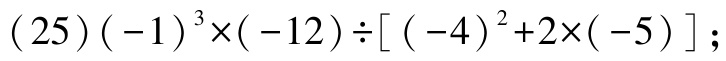
\((25)(-1)^{3}\times(-12)\div[(-4)^{2}+2\times(-5)]\);